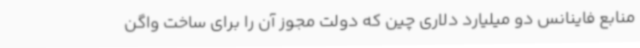
منابع فاینانس دو میلیارد دلاری چین که دولت مجوز آن را برای ساخت واگن